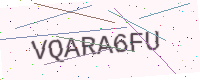
Text: VQARA6FU